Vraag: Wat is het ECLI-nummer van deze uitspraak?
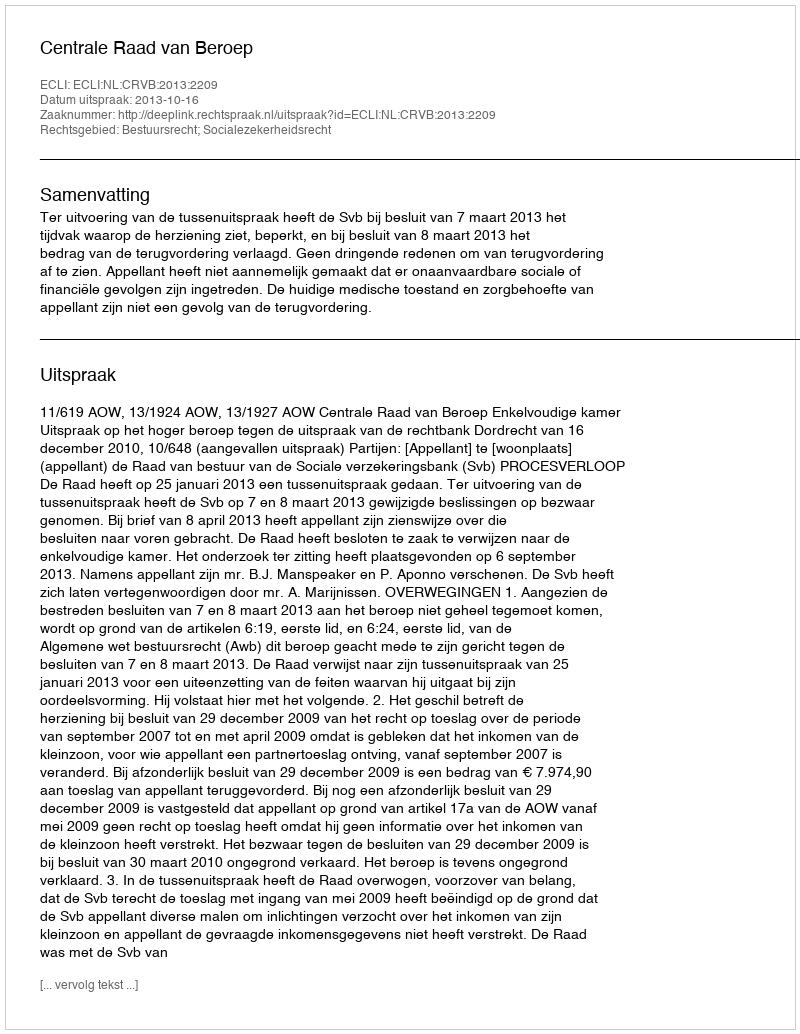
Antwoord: ECLI:NL:CRVB:2013:2209